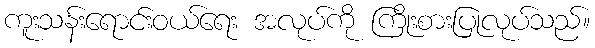
ကူးသန်းရောင်းဝယ်ရေး အလုပ်ကို ကြိုးစားပြုလုပ်သည်။